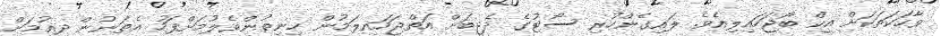
ވާހަކަތަކަށް އީކް ބޯޖަހައިލިއެވެ. ލައިގެންހުރި ސޯޓުގެ ދެޖީބަށް އަތްޖަހައިލަމުން ހިނިތުންވެލުމަށްފަހު އެތަނުން ދިއުމަށް